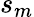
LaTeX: s_{m}